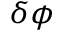
\delta \phi